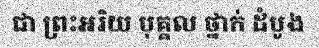
ជា ព្រះអរិយ បុគ្គល ថ្នាក់ ដំបូង